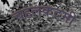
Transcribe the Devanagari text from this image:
चहलक़दमी